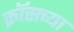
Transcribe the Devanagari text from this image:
क्रॉसच्या